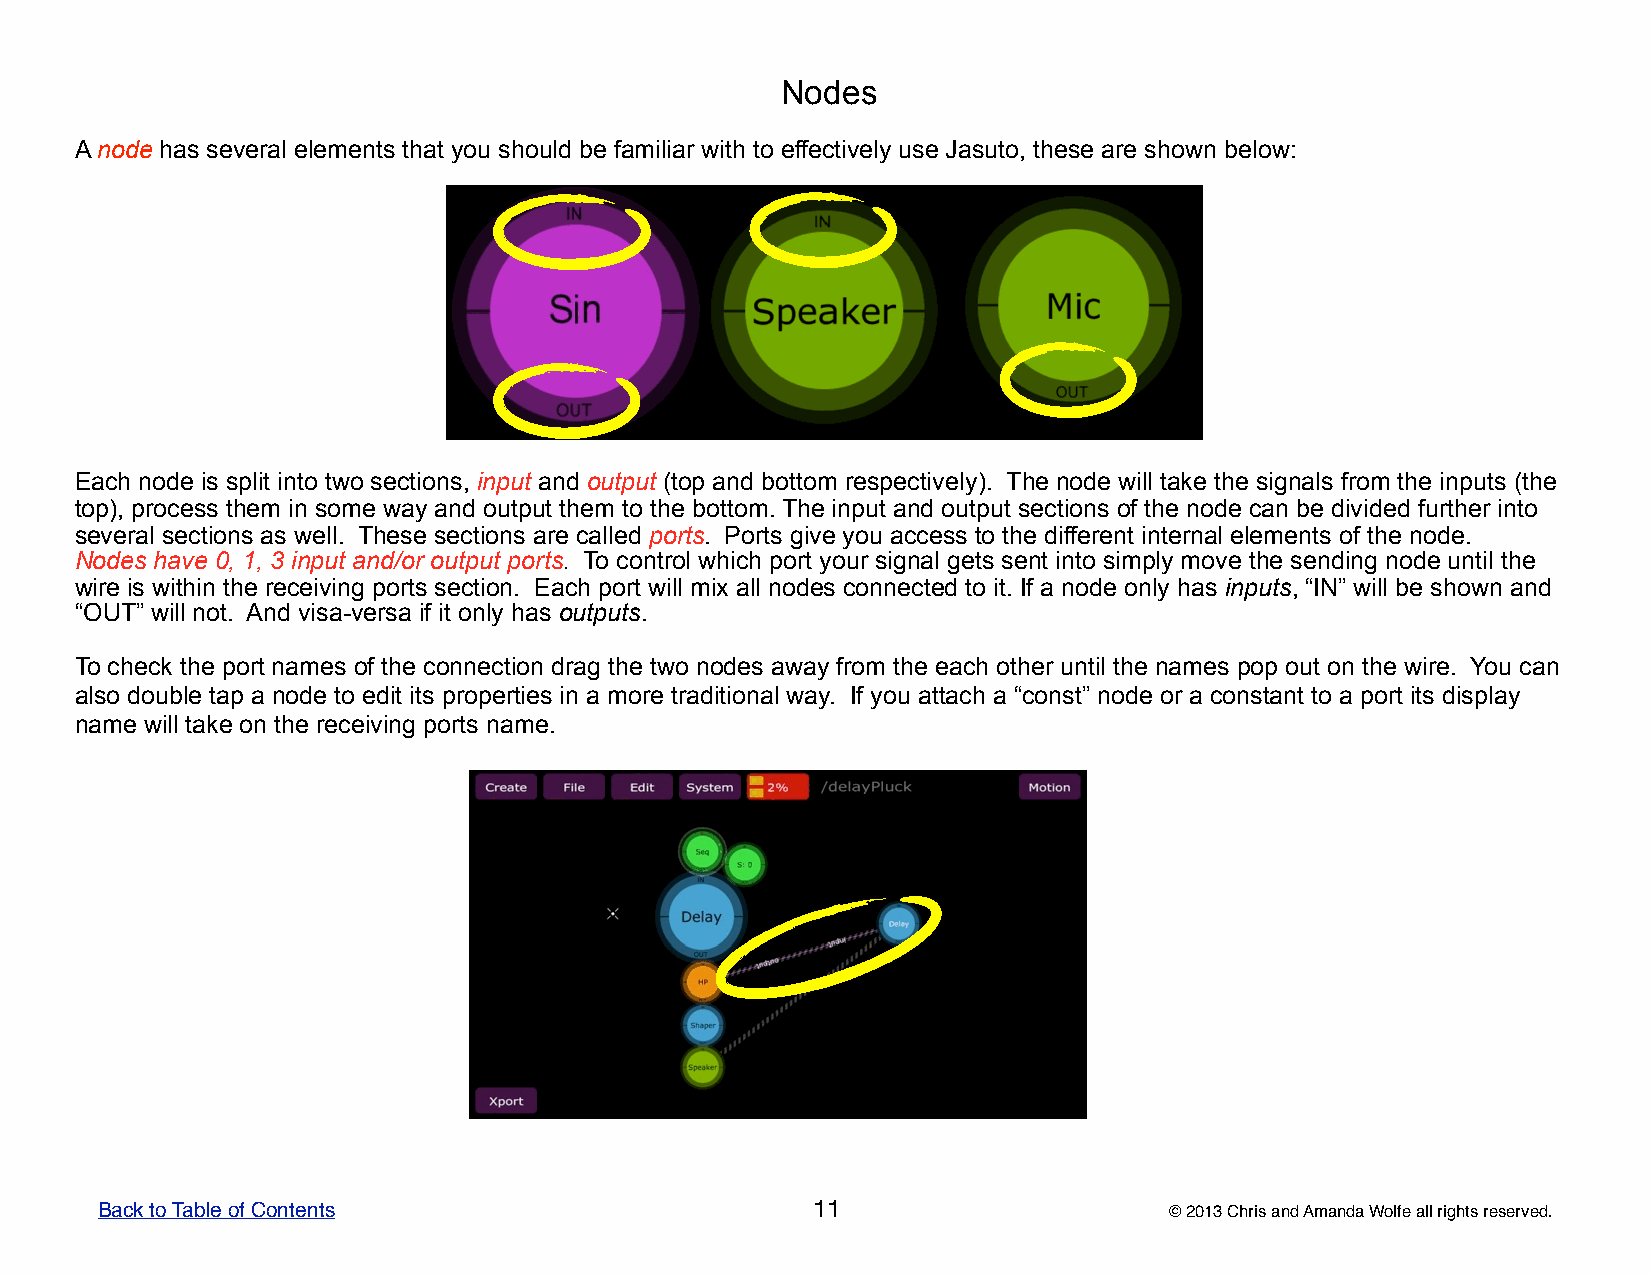
Nodes
 A node has several elements that you should be familiar with to effectively use Jasuto, these are shown below:
 Each node is split into two sections, input and output (top and bottom respectively). The node will take the signals from the inputs (the
 top), process them in some way and output them to the bottom. The input and output sections of the node can be divided further into
 several sections as well. These sections are called ports. Ports give you access to the different internal elements of the node.
 Nodes have 0, 1, 3 input and/or output ports. To control which port your signal gets sent into simply move the sending node until the
 wire is within the receiving ports section. Each port will mix all nodes connected to it. If a node only has inputs, “IN” will be shown and
 “OUT” will not. And visa-versa if it only has outputs.
 To check the port names of the connection drag the two nodes away from the each other until the names pop out on the wire. You can
 also double tap a node to edit its properties in a more traditional way. If you attach a “const” node or a constant to a port its display
 name will take on the receiving ports name.
 Back to Table of Contents                       11                     © 2013 Chris and Amanda Wolfe all rights reserved.